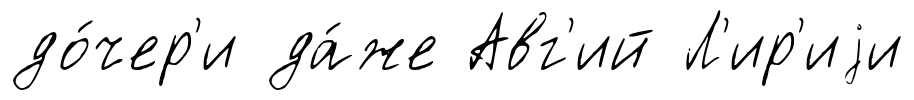
до́чер'и да́же Авг'ий Л'ир'иjи